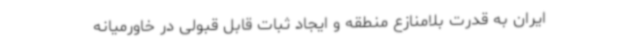
ایران به قدرت بلامنازع منطقه و ایجاد ثبات قابل قبولی در خاورمیانه